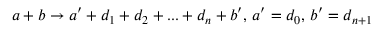
a + b \rightarrow a ^ { \prime } + d _ { 1 } + d _ { 2 } + . . . + d _ { n } + b ^ { \prime } , \, a ^ { \prime } = d _ { 0 } , \, b ^ { \prime } = d _ { n + 1 }